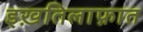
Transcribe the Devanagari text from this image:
इख़तिलाफ़ात